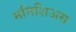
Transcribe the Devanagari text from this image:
मनिशिअस